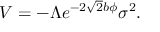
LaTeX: V = - \Lambda e ^ { - 2 \sqrt { 2 } b \phi } \sigma ^ { 2 } .